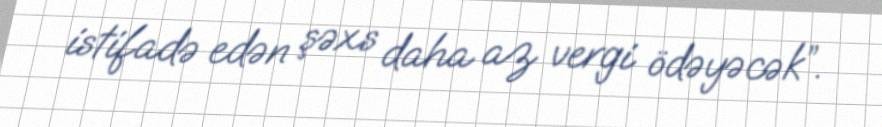
istifadə edən şəxs daha az vergi ödəyəcək”.